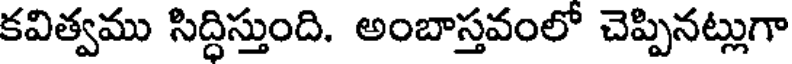
కవిత్వము సిద్ధిస్తుంది. అంబాస్తవంలో చెప్పినట్లుగా